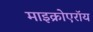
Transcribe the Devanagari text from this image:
माइक्रोएरॉय